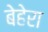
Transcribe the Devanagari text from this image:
बेहेरा